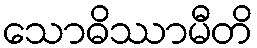
သောဓိဿာမီတိ